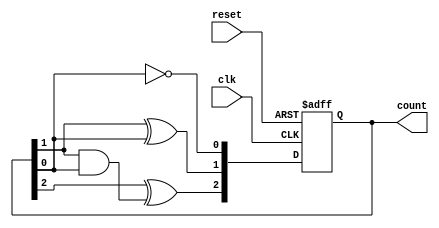
module async_counter (
    input wire clk,           // Clock input
    input wire reset,         // Asynchronous reset input
    output reg [2:0] count    // 3-bit count output (can be changed based on the desired range)
);

// Always block triggered on the clock or reset
always @(posedge clk or posedge reset) begin
    if (reset) begin
        count <= 3'b000;      // Reset counter to 0
    end else begin
        count[0] <= ~count[0]; // Toggle LSB
        count[1] <= count[1] ^ count[0]; // Toggle the next flip-flop based on LSB
        count[2] <= count[2] ^ (count[1] & count[0]); // Toggle MSB based on the two lower bits
    end
end

endmodule